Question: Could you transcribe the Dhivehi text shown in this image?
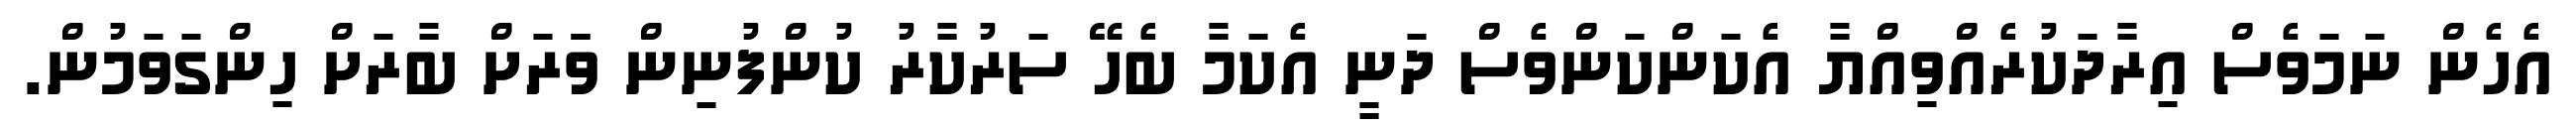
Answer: އެހެން ނަމަވެސް އިރާދަކުރެއްވިއްޔާ އެކަންކަންވެސް ދަނީ އެކަމާ ބެހޭ ސަރުކާރު ކުންފުނިން ވަަރަށް ބާރަށް ހިންގަވަމުން.